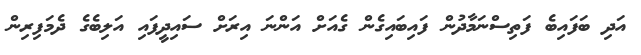
އަދި ބަފައިބެ ފަތިސްނަމާދުން ފައިބައިގެން ގެއަށް އަންނަ އިރަށް ސައިދީފައި އަލިބެގެ ދެމަފިރިން